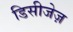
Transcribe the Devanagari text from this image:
डिसीजेज़